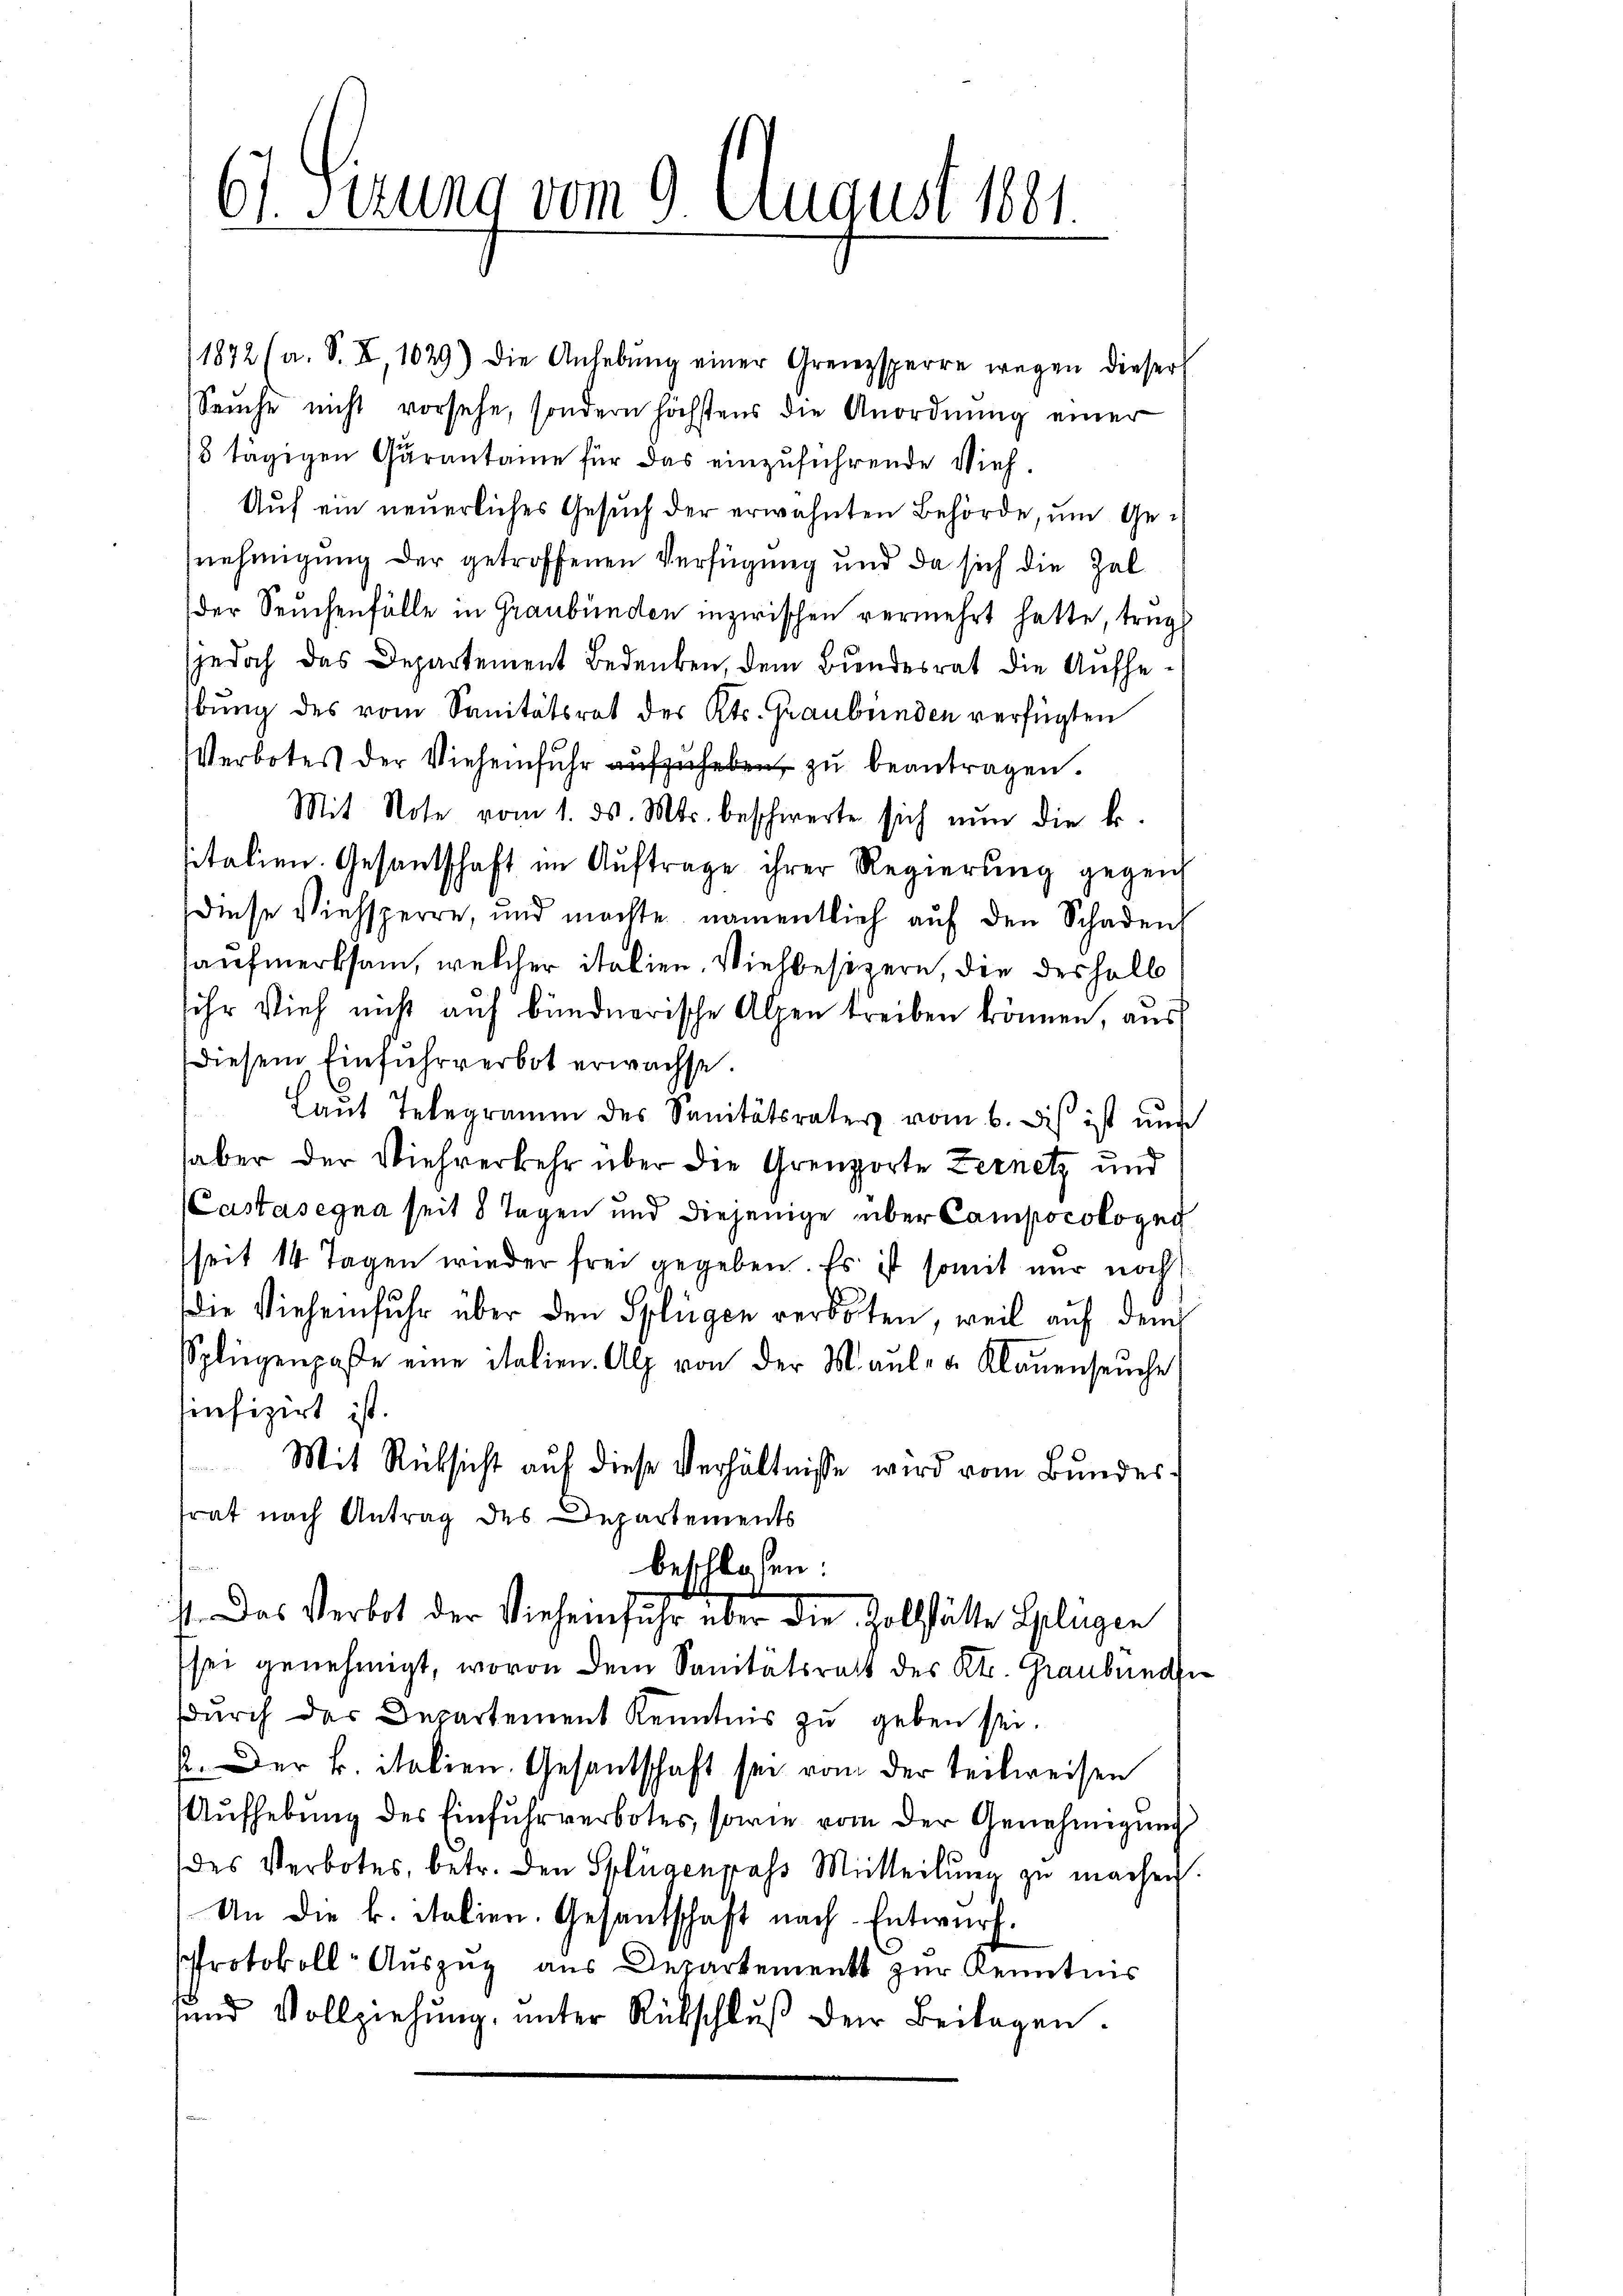
61. Sirung vom 9. August 1881

11872 (a. S. X, 1029) Die Anhebŭng einer Grenzsperre wegen dieser
Seuche nicht vorsehe, sondern höchstens die Anordnung einer
8 tägigen Garantaine für das einzuführende Vieh¬
Auf ein neuerliches Gesuch der erwähnten Behörde, um Genehmigung der getroffenen Verfügung und da sich die Zal
der Seuchenfälle in Graubünden inzwischen vermehrt hatte, trug
jedoch das Departement Bedenken, dem Bundesrat die Aufhebung des vom Sanitätsrat des Kts. Graubünden verfügten
Verbotes der Viehenfŭhr aufzuheben zu beantragen.
Mit Note vom 1. ds. Mts. beschwerte sich nŭn die k.
sitalien. Gesantschaft im Auftrage ihrer Regierung gegen
diese Viehsperre, und machte namentlich aŭf den Schaden
aufmerksam, welcher italien. Viehbesizern, die deshalb
sehr vieh nicht auf bündnerische Alpen treiben können, aus
diesem Einfuhrverbot erwachse.
Laut Telegramm des Sanitätsrates vom 6. Dies ist nur
aber der Miehrerkehr über die Grenzorte Zernetz und
(Castasegna seit 8 Tagen und diejenige über Campocolong
seit 14 Tagen wieder frei gegeben. Es ist somit nur noch
die Vieheinfuhr über den Splügen verboten, weil auf dem
Spliegenpaβe eine italien. Alp von der Maul- & Klaŭenseuche
hinfizirt ist.
Mit Rücksicht auf diese Verhältnisse wird vom Bundesfrat nach Antrag des Departements
beschloßen:
11. Das Verbot der Vieheinfahr über die Zollstätte Gelegen
sei genehmigt, wovon dem Sanitätsrath des Kt. Graubünde
dŭrch das Departement Kenntnis zŭ geben sei.
.Der k. italien. Gesandschaft sei vom der teilweisen
Aŭfhebung des Einfuhrverbotes, sowie vom der Genehmigung
des Verbotes, betr. den Splügenpass Mitteil zu machen.
An die k. Stalien. Gesandschaft nach Entwurf.
Protokoll Auszug aus Departements zur Kenntnis
und Vollziehung, unter Rückschlŭβ der Beilagen.